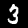
Digit: 3